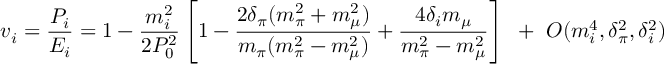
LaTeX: v _ { i } = \frac { P _ { i } } { E _ { i } } = 1 - \frac { m _ { i } ^ { 2 } } { 2 P _ { 0 } ^ { 2 } } \left[ 1 - \frac { 2 \delta _ { \pi } ( m _ { \pi } ^ { 2 } + m _ { \mu } ^ { 2 } ) } { m _ { \pi } ( m _ { \pi } ^ { 2 } - m _ { \mu } ^ { 2 } ) } + \frac { 4 \delta _ { i } m _ { \mu } } { m _ { \pi } ^ { 2 } - m _ { \mu } ^ { 2 } } \right] ~ + ~ O ( m _ { i } ^ { 4 } , \delta _ { \pi } ^ { 2 } , \delta _ { i } ^ { 2 } )